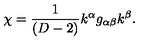
\chi = \frac 1 { ( D - 2 ) } k ^ { \alpha } g _ { \alpha \beta } k ^ { \beta } .